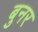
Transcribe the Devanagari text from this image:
बुनर